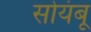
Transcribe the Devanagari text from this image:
सोयंबू